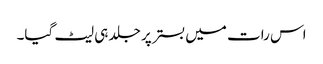
اس رات میں بستر پر جلد ہی لیٹ گیا۔